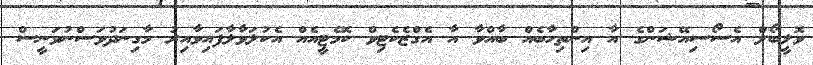
ވޮލީބޯލް އެސޯސިއޭޝަންގެ އާ އިންތިހާބެއް ބާއްވާ އާ އެގްޒެކެޓިވް ކޮމެޓީއެއް އެކުލަވާލާފައިވާއިރު މާގިނަދުވަސްނުވަނީސް